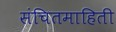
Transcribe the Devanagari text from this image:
संचितमाहिती